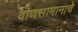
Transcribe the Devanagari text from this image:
वाणसामानाचे